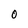
Character: O